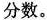
分数。